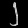
Digit: ၂